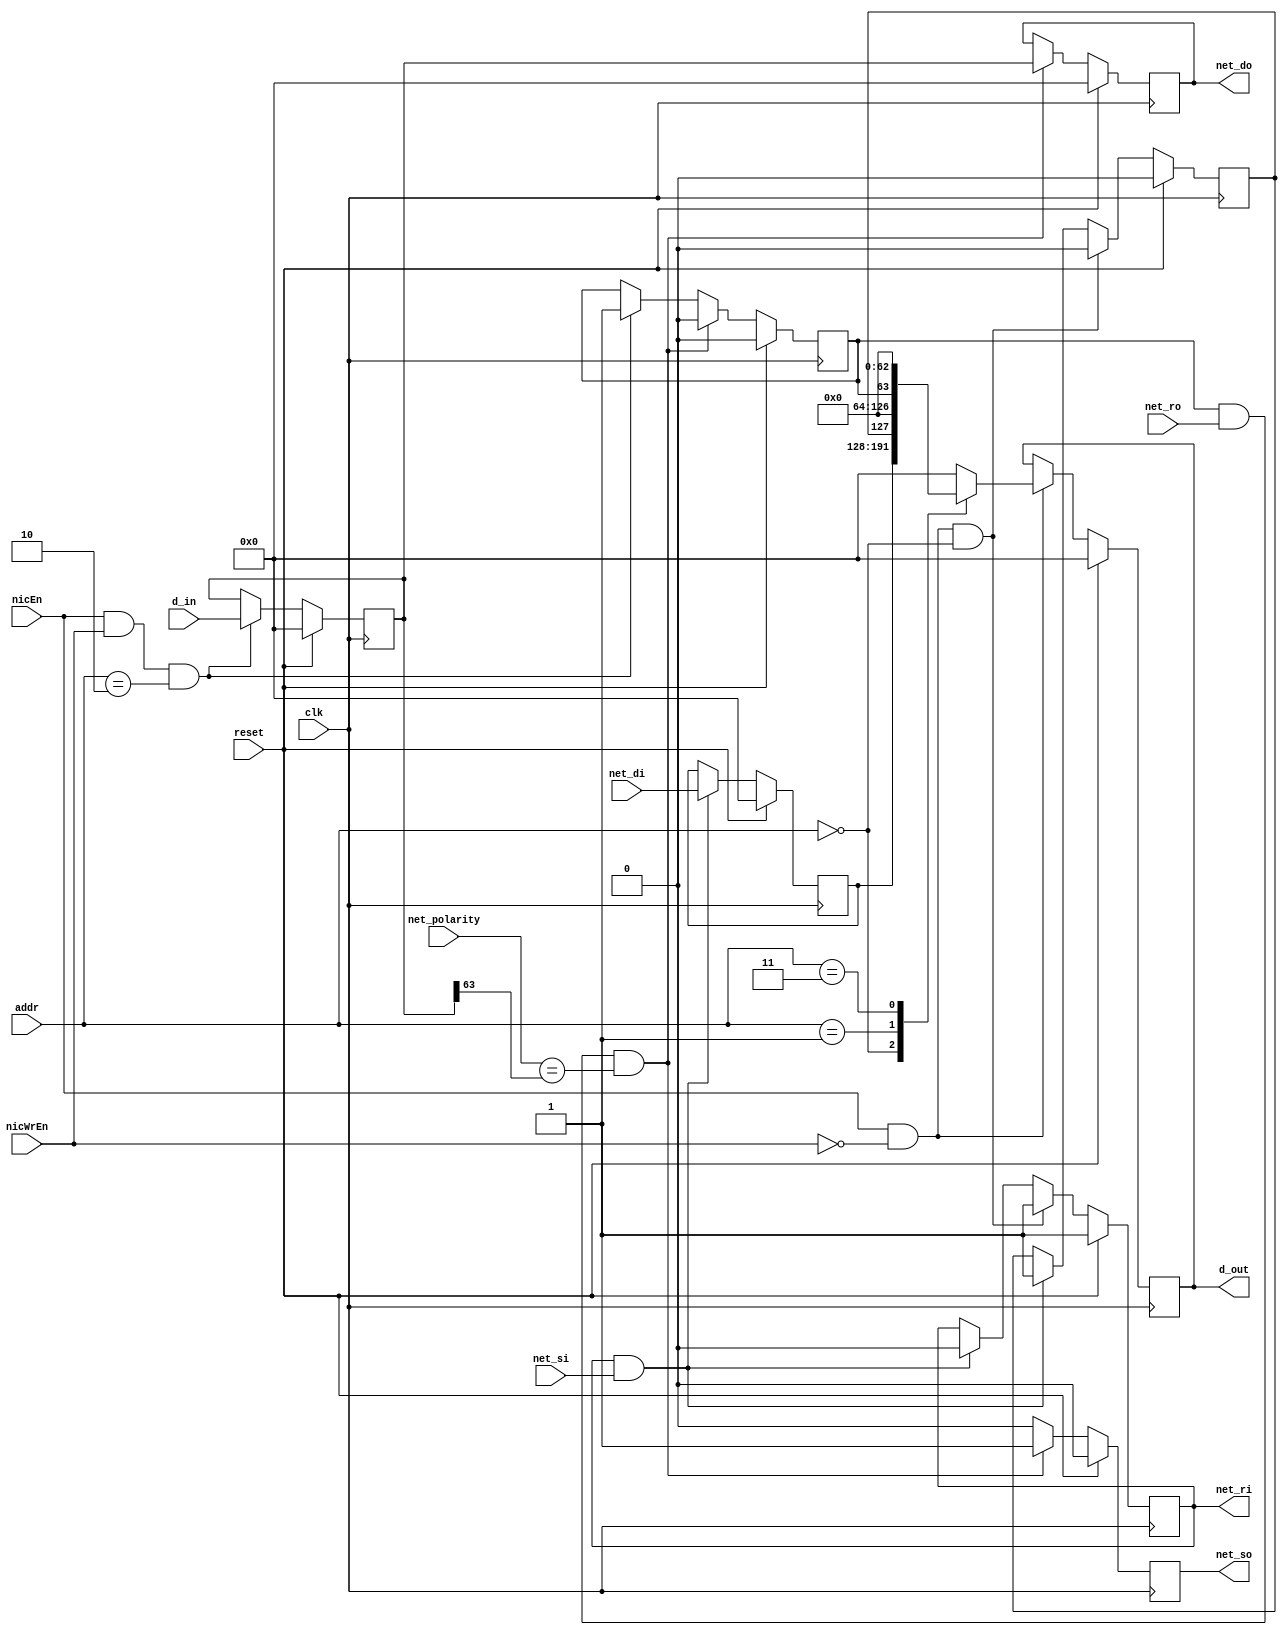
module cardinal_nic(
  input             clk, 
  input             reset, 
  input [1:0]       addr, 
  input [63:0]      d_in,
  input             nicEn, 
  input             nicWrEn, 
  input             net_ro, 
  input             net_polarity, 
  input             net_si, 
  input [63:0]      net_di, 
  output reg        net_ri, 
  output reg        net_so, 
  output reg [63:0] net_do,
  output reg [63:0] d_out
);

parameter INPUT_CHANNEL_BUFFER             = 2'b00;
parameter INPUT_CHANNEL_STATUE_REGISTER    = 2'b01;
parameter OUTPUT_CHANNEL_BUFFER            = 2'b10;
parameter OUTPUT_CHANNEL_STATUE_REGISTER   = 2'b11;

reg input_statue_reg;
reg output_statue_reg;
reg[63:0] input_buffer;
reg[63:0] output_buffer;

//send data to router
always @(posedge clk) begin
  if(reset) begin
    net_do <= 64'b0;
    net_so <= 1'b0;
  end 
  else begin
    if(output_statue_reg == 1'b1 && net_ro == 1'b1 && net_polarity == output_buffer[63]) begin
       net_do <= output_buffer;
       net_so            <= 1'b1;
       //$display("NIC -> %h -> router", net_do);
    end 
    else begin
       net_do <= net_do;
       net_so            <= 1'b0;
       //$display("NIC -> x -> router");
    end
  end
end

//receive data from processor
always @(posedge clk) begin 
  if(reset) begin
    output_buffer <= 64'b0;
  end 
  else begin
    if(nicEn && nicWrEn && addr == OUTPUT_CHANNEL_BUFFER) begin
      output_buffer <= d_in;
      //$display("processor -> %h -> NIC", output_buffer);
    end 
    else begin
      output_buffer <= output_buffer;
      //$display("processor -> x -> NIC");
    end
  end 
end

//value of output register
always @(posedge clk) begin
  if(reset) begin
    output_statue_reg <= 1'b0;
    //net_so <= 1'b0;
  end 
  else begin
    if(output_statue_reg == 1'b1 && net_ro == 1'b1 && net_polarity == output_buffer[63]) begin
      output_statue_reg <= 1'b0;
      //net_so            <= 1'b0;
      //$display("NIC -> %d -> router", output_statue_reg);
    end 
    else if(nicEn && nicWrEn && addr == OUTPUT_CHANNEL_BUFFER) begin
      output_statue_reg <= 1'b1;
      //net_so            <= 1'b1;
      //$display("processor -> %d -> NIC", output_statue_reg);
    end 
    else begin
      output_statue_reg <= output_statue_reg;
      //net_so            <= net_so;
      //$display("no data commnuication between PROCESSOR -> ROUTER");
    end
  end
end 

//store data from router
always @(posedge clk) begin
  if(reset) begin
    input_buffer <= 64'b0;
  end 
  else begin
    if(net_ri == 1'b1 && net_si == 1'b1) begin
      input_buffer <= net_di;
      //$display("router -> %h -> NIC", input_buffer);
    end 
    else begin
      input_buffer <= input_buffer;
      //$display("router -> x -> NIC");
    end 
  end
end

//send data to processor
always @(posedge clk) begin
  if(reset) begin
    d_out <= 64'b0;
  end 
  else begin
    if(nicEn && !nicWrEn) begin
      case(addr)
        INPUT_CHANNEL_BUFFER:            d_out <= input_buffer;        
        INPUT_CHANNEL_STATUE_REGISTER:   d_out <= {input_statue_reg, 63'b0};  
        //OUTPUT_CHANNEL_BUFFER:           d_out <= output_buffer;
        OUTPUT_CHANNEL_STATUE_REGISTER:  d_out <= {output_statue_reg, 63'b0};  
        default:                         d_out <= 64'b0;
      endcase
      //$display("NIC -> %h -> processor", d_out);
    end 
    else begin
      d_out <= d_out;
      //$display("NIC -> x -> processor");
    end
  end
end

//value of input register
always @(posedge clk) begin
  if(reset) begin
    input_statue_reg <= 1'b0;
    net_ri           <= 1'b1;
  end 
  else begin
    if(nicEn && !nicWrEn && addr == INPUT_CHANNEL_BUFFER) begin
      input_statue_reg <= 1'b0;
      net_ri           <= 1'b1;
      //$display("NIC -> %d ->  processor", input_statue_reg);
    end 
    else if(net_ri == 1'b1 && net_si == 1'b1) begin
      input_statue_reg <= 1'b1;
      net_ri           <= 1'b0;
      //$display("router -> %d -> NIC", input_statue_reg);
    end 
    else begin
      input_statue_reg <= input_statue_reg;
      net_ri           <= net_ri;
      //$display("---no data commnuication from ROUTER -> PROCESSOR---");
    end
  end
end

endmodule